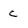
Character: c